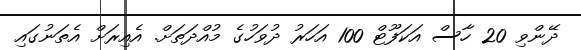
ދޭންވި 20 ހާސް އަކަފޫޓް 100 އަހަރު ދުވަހުގެ މުއްދަތަށް. އެއިރަށް އެތަނުގައި